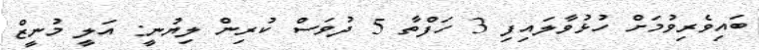
ބައިވެރިވުމަށް ހުޅުވާލައިފި 3 ހަފްތާ 5 ދުވަސް ކުރިން ލިޔުނީ: އަލީ މުނީޒް